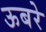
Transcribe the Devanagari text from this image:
ऊबरे